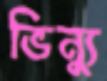
ভিন্যু